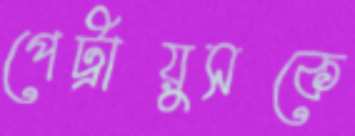
পেট্রায়ুসকে